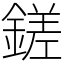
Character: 鎈